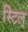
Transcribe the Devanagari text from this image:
स्टिल्